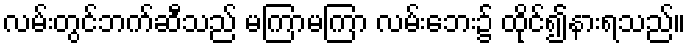
လမ်းတွင်ဘက်ဆီသည် မကြာမကြာ လမ်းဘေး၌ ထိုင်၍နားရသည်။